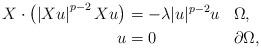
LaTeX: \begin{align*}\begin{aligned}X \cdot\left(\left|X u\right|^{p-2} X u\right)&=-\lambda|u|^{p-2} u && \Omega, \\u&=0&& \partial \Omega,\end{aligned}\end{align*}